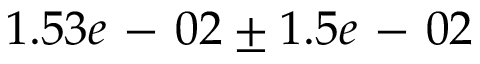
1 . 5 3 e \mathrm { ~ - ~ } 0 2 \pm 1 . 5 e \mathrm { ~ - ~ } 0 2